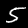
Digit: 5